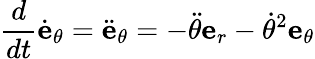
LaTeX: {\frac{d}{dt}}{\dot{\textbf{e}}}_{\theta}={\ddot{\textbf{e}}}_{\theta}=-{\ddot{\theta}}{\textbf{e}}_{r}-{\dot{\theta}}^{2}{\textbf{e}}_{\theta}